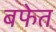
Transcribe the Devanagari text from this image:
बफेत